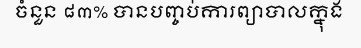
ចំនួន ៨៣% បានបញ្ចប់ការព្យាបាលក្នុង